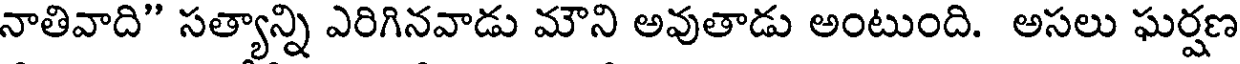
నాతివాది" సత్యాన్ని ఎరిగినవాడు మౌని అవుతాడు అంటుంది. అసలు ఘర్షణ